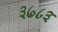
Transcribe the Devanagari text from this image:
३७८३